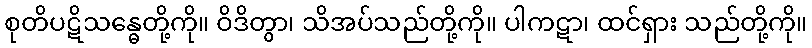
စုတိပဋိသန္ဓေတို့ကို။ ဝိဒိတွာ၊ သိအပ်သည်တို့ကို။ ပါကဋာ၊ ထင်ရှား သည်တို့ကို။